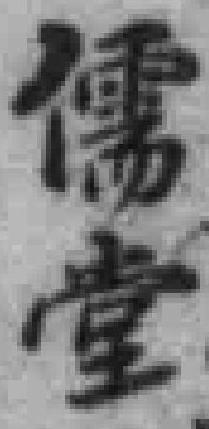
儒堂